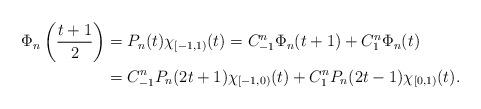
LaTeX: \begin{align*}\Phi_n\left(\frac{t+1}{2}\right)&=P_n(t)\chi_{[-1,1)}(t)=C^n_{-1}\Phi_n(t+1)+C^n_1\Phi_n(t)\\&=C^n_{-1}P_n(2t+1)\chi_{[-1,0)}(t)+C^n_1P_n(2t-1)\chi_{[0,1)}(t).\end{align*}